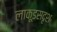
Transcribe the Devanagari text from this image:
लाकूडसदृश